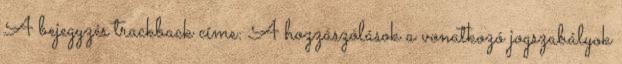
A bejegyzés trackback címe: A hozzászólások a vonatkozó jogszabályok